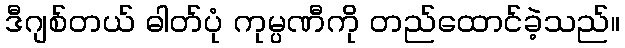
ဒီဂျစ်တယ် ဓါတ်ပုံ ကုမ္ပဏီကို တည်ထောင်ခဲ့သည်။